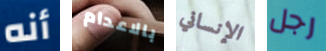
أنه بالاعدام الإنساني رجل